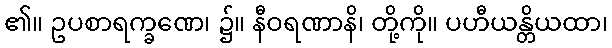
၏။ ဥပစာရက္ခဏေ၊ ၌။ နီဝရဏာနိ၊ တို့ကို။ ပဟီယန္တိယထာ၊